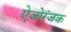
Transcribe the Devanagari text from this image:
ऐज़ोरंजक